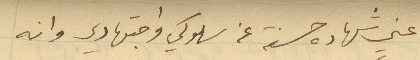
عني شهاده حسنة عن سلوكي واجتهادي وانه